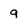
Character: 9